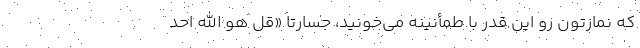
که نمازتون رو این قدر با طمأنینه می‌خونید، جسارتا «قل هو الله احد